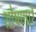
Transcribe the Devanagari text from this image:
शोषणारे